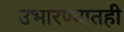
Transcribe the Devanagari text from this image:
उभारण्यातही